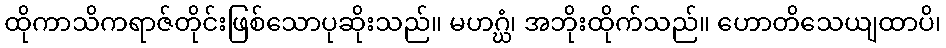
ထိုကာသိကရာဇ်တိုင်းဖြစ်သောပုဆိုးသည်။ မဟဂ္ဃံ၊ အဘိုးထိုက်သည်။ ဟောတိသေယျထာပိ၊